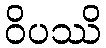
ဝိပဿိ